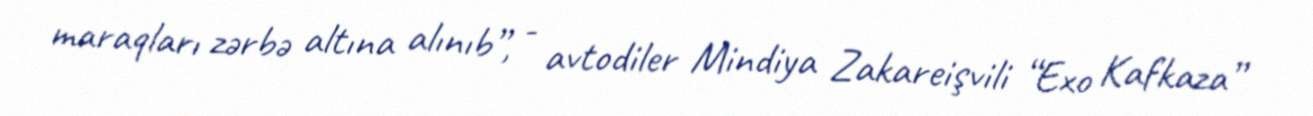
maraqları zərbə altına alınıb”, - avtodiler Mindiya Zakareişvili “Exo Kafkaza”